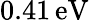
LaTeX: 0.41\, \mathrm{eV}